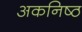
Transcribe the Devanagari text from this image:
अकनिष्ठ